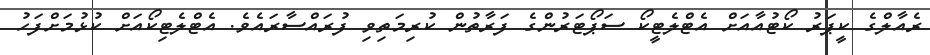
ރެއާލްގެ ކީޕަރު ކޯޓުއާއަށް އެޓްލެޓީކޯ ސަޕޯޓަރުންގެ ފަރާތުން ކުރިމަތިވި ފުރައްސާރައެވެ. އެޓްލެޓިކޯއަށް ކުޅުމަށްފަހު